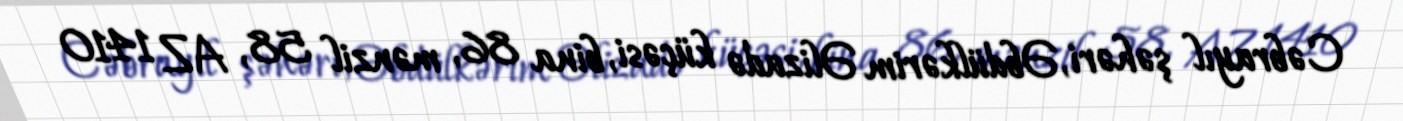
Cəbrayıl şəhəri, Əbdülkərim Əlizadə küçəsi, bina 86, mənzil 58, AZ 1410